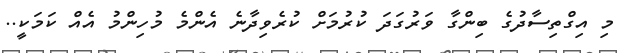
މި އިގްތިސާދުގެ ބިންގާ ވަރުގަދަ ކުރުމަށް ކުރެވިދާނެ އެންމެ މުހިންމު އެއް ކަމަކީ..